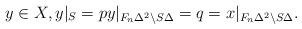
LaTeX: \begin{align*}y \in X, y\vert_S = p y \vert_{F_n \Delta^2 \setminus S\Delta}=q= x\vert_{F_n \Delta^2 \setminus S\Delta}. \end{align*}